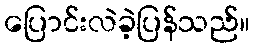
ပြောင်းလဲခဲ့ပြန်သည်။